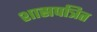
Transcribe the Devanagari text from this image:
शासपत्रित